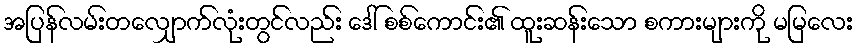
အပြန်လမ်းတလျှောက်လုံးတွင်လည်း ဒေါ် စစ်ကောင်း၏ ထူးဆန်းသော စကားများကို မမြလေး